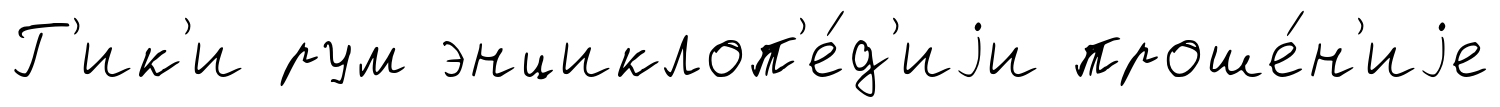
Г'ик'и рум энциклоп'е́д'иjи проше́н'иjе